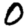
Digit: 0